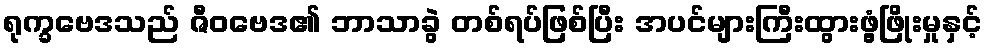
ရုက္ခဗေဒသည် ဇီဝဗေဒ၏ ဘာသာခွဲ တစ်ရပ်ဖြစ်ပြီး အပင်များကြီးထွားဖွံ့ဖြိုးမှုနှင့်